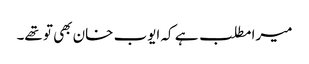
میرا مطلب ہے کہ ایوب خان بھی تو تھے۔